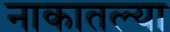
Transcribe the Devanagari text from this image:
नाकातल्या